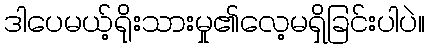
ဒါပေမယ့်ရိုးသားမှု၏လေ့မရှိခြင်းပါပဲ။